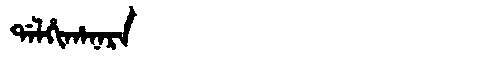
Manchu: ᡩᠠᠯᡥᡳᡥᠠᠨᠠᡵᠠ
Romanization: DALHIHANARA